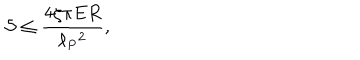
LaTeX: { \cal S } \leq { \frac { 4 \zeta \pi E R } { \ell _ { P } { } ^ { 2 } } } ,